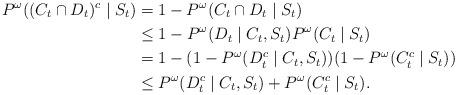
LaTeX: \begin{align*} P^\omega((C_t\cap D_t)^c \mid S_t) &= 1-P^\omega(C_t\cap D_t \mid S_t) \\&\leq 1-P^\omega(D_t\mid C_t, S_t)P^\omega(C_t \mid S_t) \\&=1-(1-P^\omega(D_t^c\mid C_t, S_t))(1-P^\omega(C_t^c \mid S_t)) \\&\leq P^\omega(D_t^c\mid C_t, S_t)+P^\omega(C_t^c \mid S_t). \end{align*}